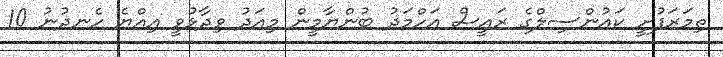
ތިމަރަފުށީ ކައުންސިލްގެ ރައީސް އަހްމަދު ބުންޔާމީން މިއަދު ވިދާޅުވީ އިއްޔެ ހެނދުނު 10